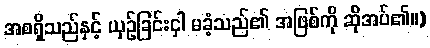
အစရှိသည်နှင့် ယှဉ်ခြင်းငှါ မခံ့သည်၏ အဖြစ်ကို ဆိုအပ်၏။)